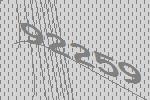
92259